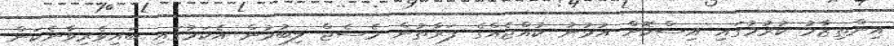
އިންތިޒާމު ކުރުމުގައި އިސްކޮށް އުޅުނު ކުއްޖެއްގެ ފަރާތުން މެސެޖް ލިބުމުން އެކަމުގައި ބައިވެރިވާނެކަން